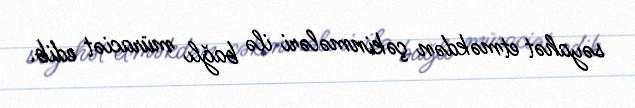
səyahət etməkdən çəkinmələri ilə bağlı müraciət edib.